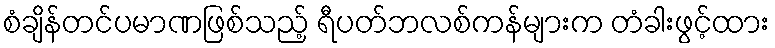
စံချိန်တင်ပမာဏဖြစ်သည့် ရီပတ်ဘလစ်ကန်များက တံခါးဖွင့်ထား